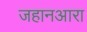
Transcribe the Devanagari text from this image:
जहानआरा